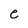
Character: e